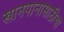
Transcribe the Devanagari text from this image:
खानपानासाठीचा